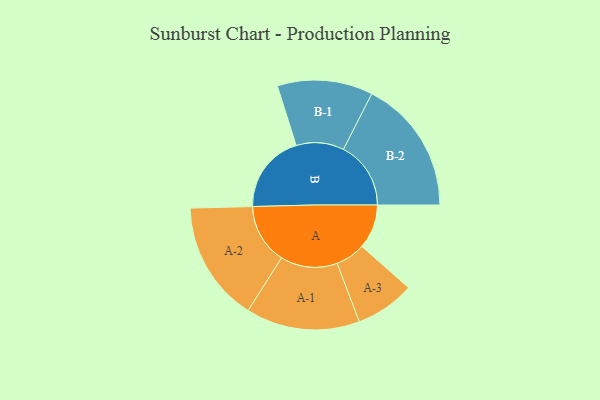
{"axis": {"x": "Segment", "y": "Value"}, "legend": ["", "A", "B"], "data": [{"x": "A", "y": 160, "type": ""}, {"x": "B", "y": 285, "type": ""}, {"x": "A-1", "y": 205, "type": "A"}, {"x": "A-2", "y": 217, "type": "A"}, {"x": "A-3", "y": 107, "type": "A"}, {"x": "B-1", "y": 172, "type": "B"}, {"x": "B-2", "y": 243, "type": "B"}]}